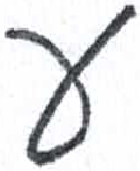
אות: ע